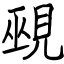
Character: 覡